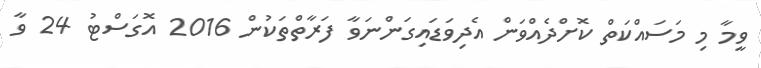
ވީމާ މި މަސައްކަތް ކޮށްދެއްވަން އެދިވަޑައިގަންނަވާ ފަރާތްތަކުން 2016 އޮގަސްޓު 24 ވާ